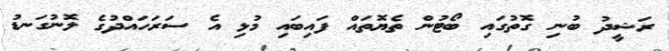
ރަޝީދު ބުނި ގޮތުގައި ބޯޓުން ތެޔޮތައް ފައިބައި މުޅި އެ ސަރަހައްދުގެ ލޮނުގަނޑު